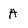
Character: A